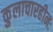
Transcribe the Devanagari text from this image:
कुलाचारहीनः